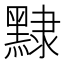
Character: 𪑠